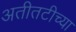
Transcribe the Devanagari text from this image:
अतीतटीच्या